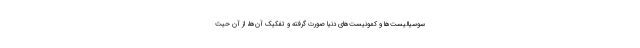
سوسیالیست‌ها و کمونیست‌های دنیا صورت گرفته و تفکیک آن‌ها، از آن حیث